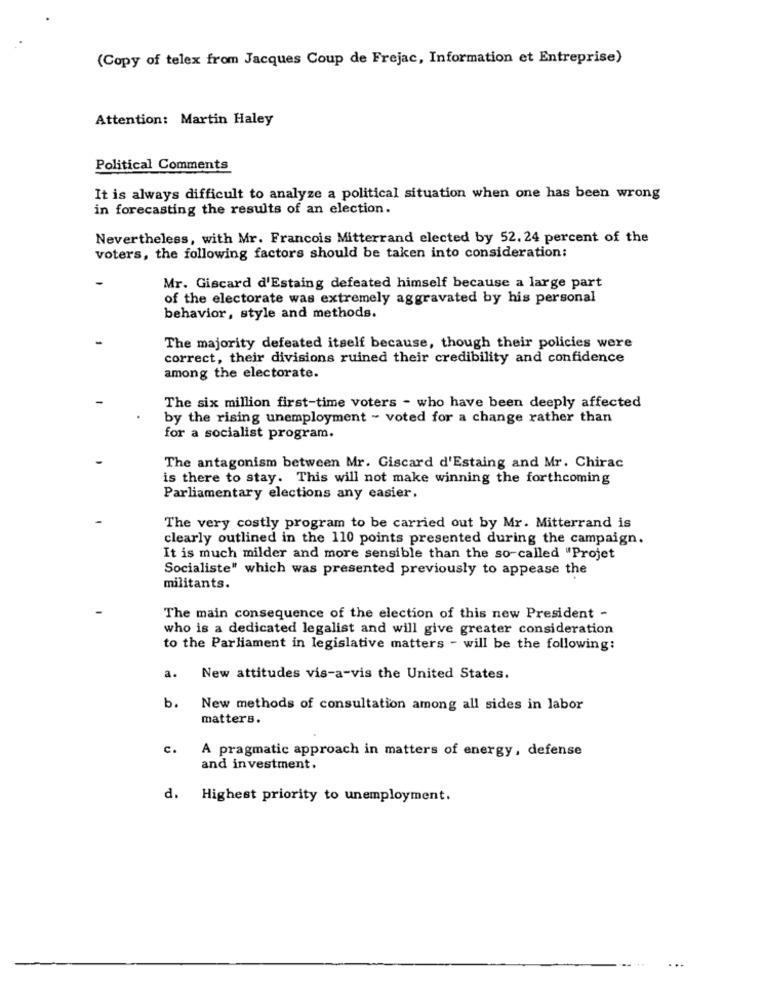
(Copy of telex from Jacques Coup de Frejac, Information et Entreprise)
Attention: Martin Haley
Political Comments
It is always difficult to analyze a political situation when one has been wrong
in forecasting the results of an election.
Nevertheless, with Mr. Francois Mitterrand elected by 52. 24 percent of the
voters, the following factors should be taken into consideration:
Mr. Giscard d'Estaing defeated himself because a large part
of the electorate was extremely aggravated by his personal
behavior, style and methods.
The majority defeated itself because, though their policies were
correct, their divisions ruined their credibility and confidence
among the electorate.
The six million first-time voters - who have been deeply affected
by the rising unemployment - voted for a change rather than
for a socialist program.
The antagonism between Mr. Giscard d'Estaing and Mr. Chirac
is there to stay. This will not make winning the forthcoming
Parliamentary elections any easier.
The very costly program to be carried out by Mr. Mitterrand is
clearly outlined in the 110 points presented during the campaign.
It is much milder and more sensible than the so-called "Projet
Socialiste" which was presented previously to appease the
militants.
The main consequence of the election of this new President -
who is a dedicated legalist and will give greater consideration
to the Parliament in legislative matters - will be the following:
a.
New attitudes vis-a-vis the United States.
b.
New methods of consultation among all sides in labor
matters.
c.
A pragmatic approach in matters of energy, defense
and investment.
d. Highest priority to unemployment.